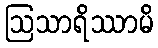
ဩသာရိဿာမိ